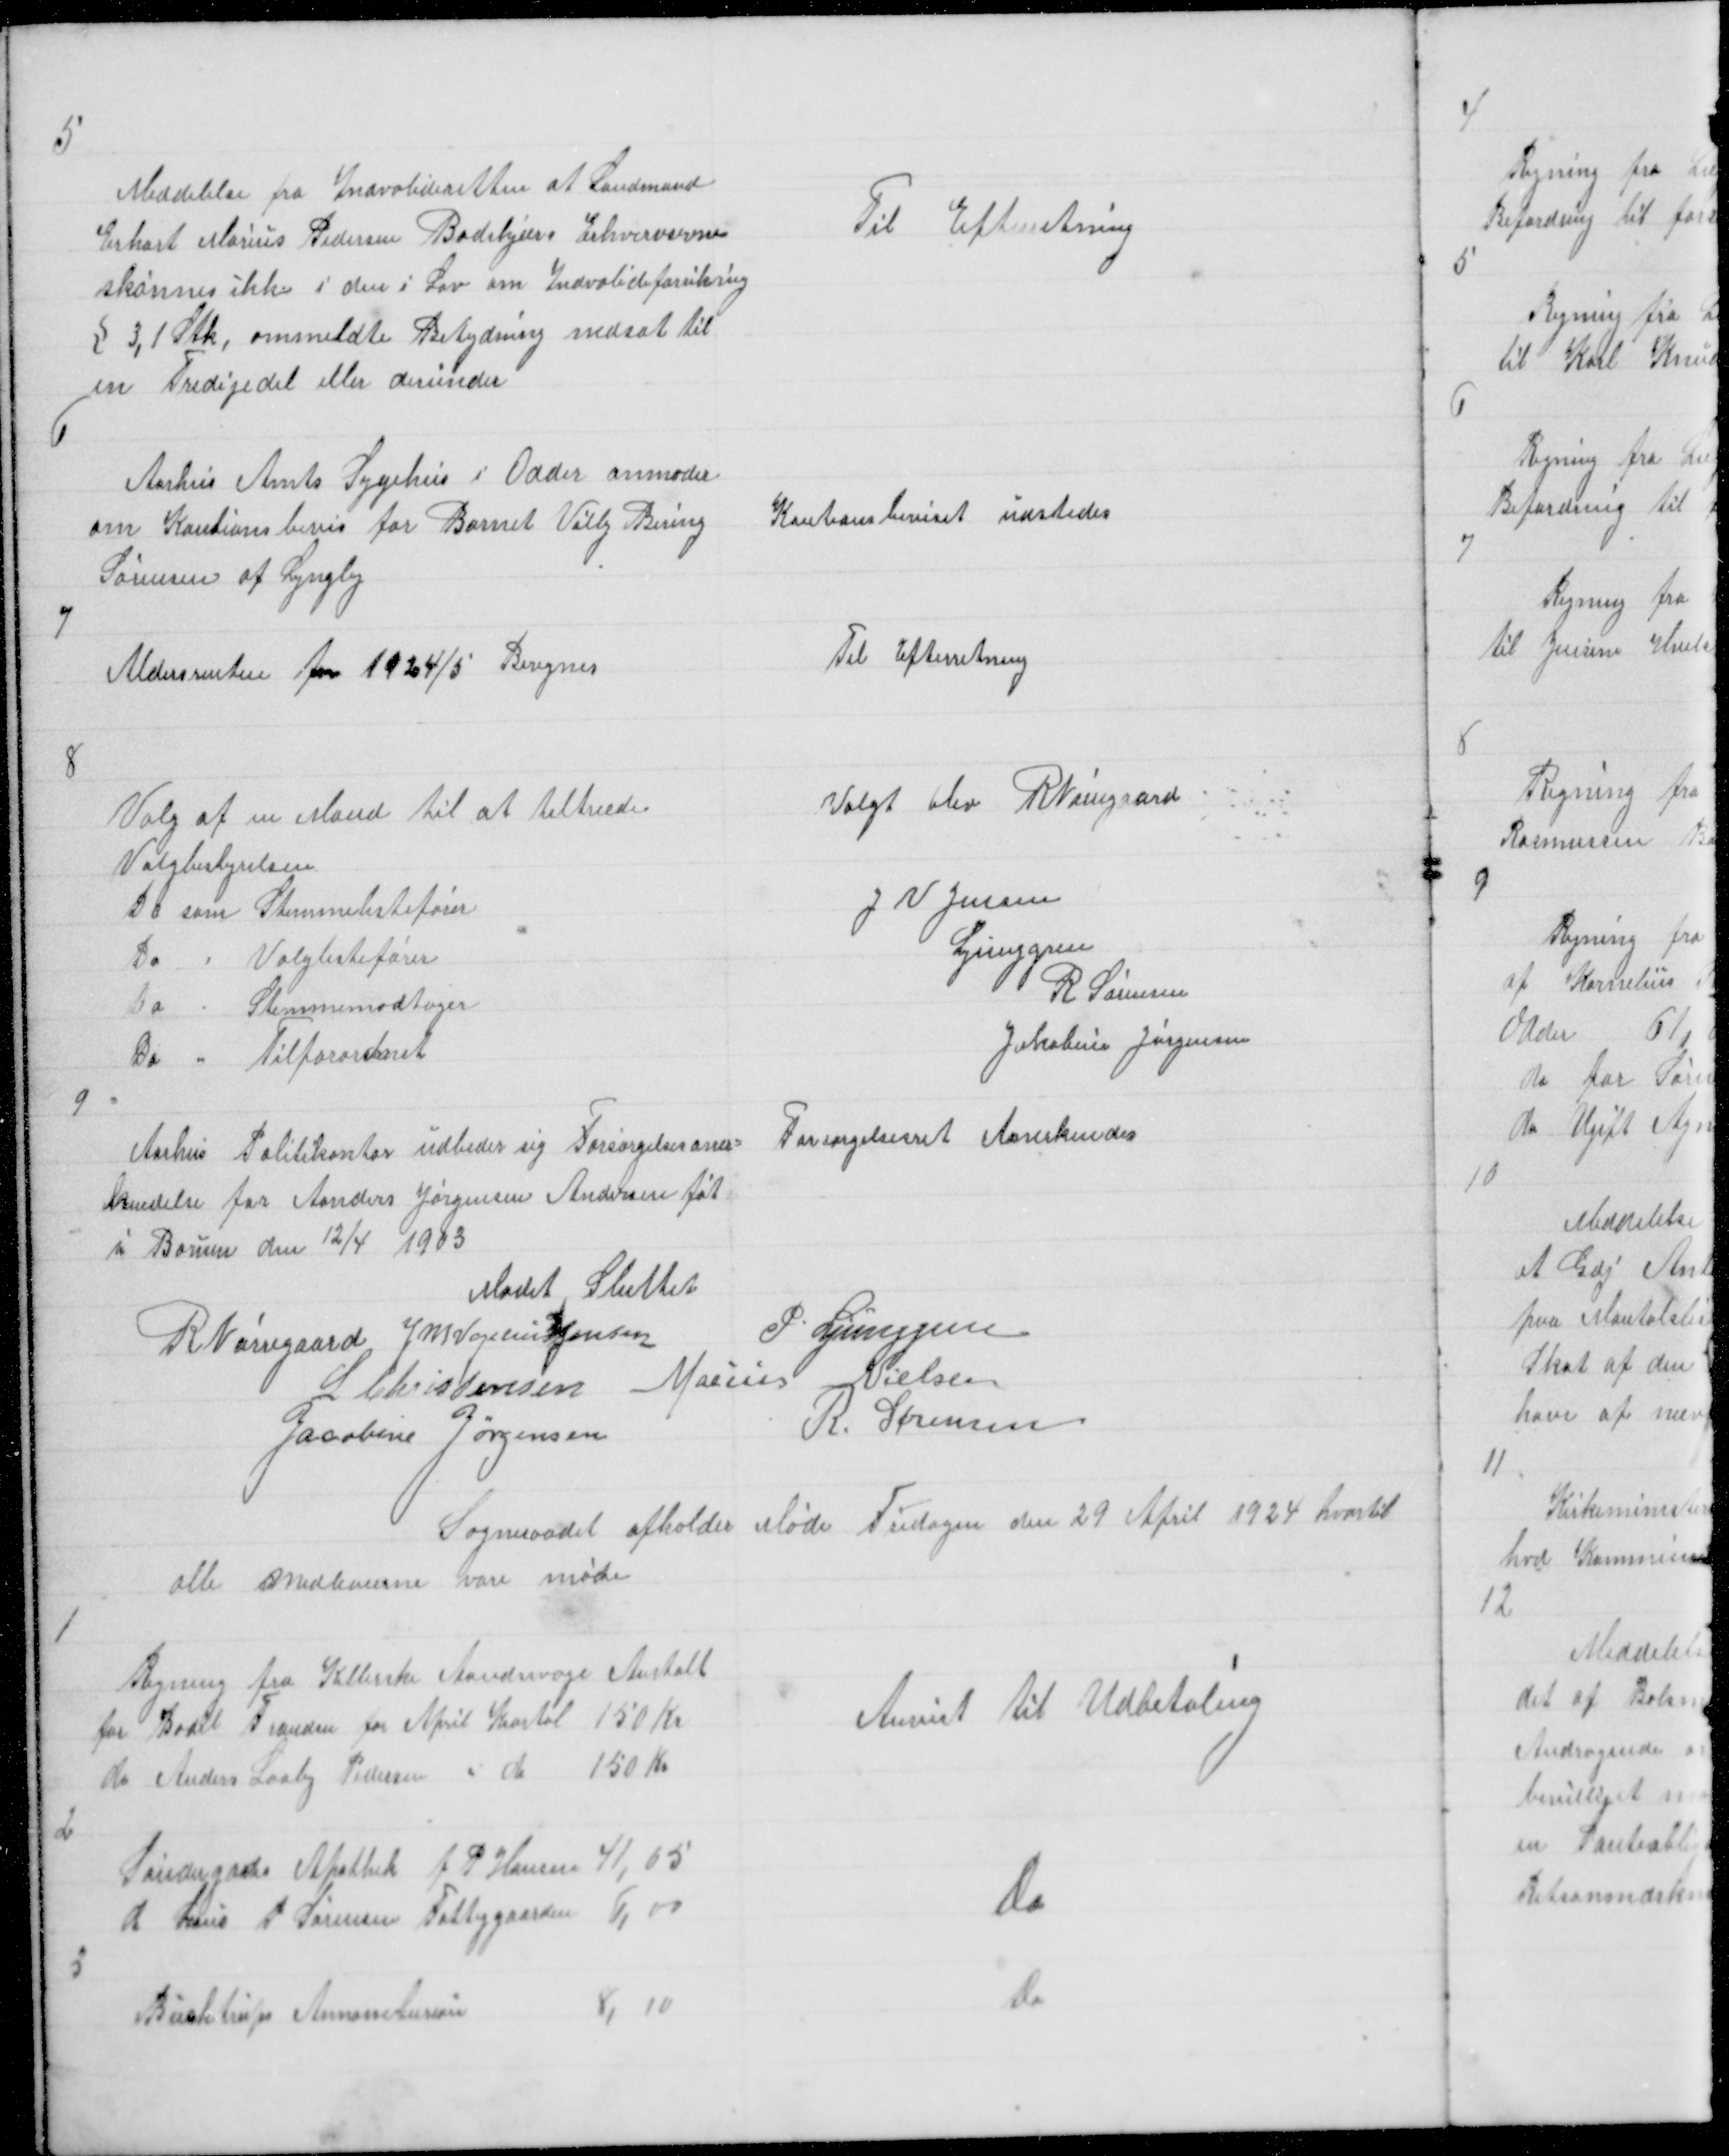
Transskription:
5

Meddelelse fra Indvalideretten at Landmand
Erhart Marius Pedersen Badskjærs Erhvervsevne
skønnes ikke i den i Lov om Indvalideforsikring
§ 3,1 Stk, ommeldte Betydning nedsat til
en Tredijedel eller derunder

Til Efterretning

6

Aarhus Amts Sygehus i Odder anmoder
om Kautionsbevis for Barnet Villy Bering
Sørensen af Lyngby

Kautionsbeviset udstedes

7

Aldersrenten for 1924/5 Beregnes

Til Efterretning

8

9

Aarhus Politikontor udbeder sig Forsørgelsesaner=
kendelse for Aanders Jørgensen Andersen føt
i Borum den 12/4 1903

Forsørgelsesret Anerkendes

Mødet Sluttet
R Nørregaard J M Vogelius Jensen
P Ljunggren
L Christensen Marius Nielsen
Jacobine Jørgensen
R. Sørensen
Sogneraadet afholder Møde Fredagen den 29 April 1924 hvortil
alle Medlemerne vare møte

1

Regning fra Kellerske Aandsvage Anstalt
for Bodil Frandsen for April Kvartal 150 Kr
do Anders Laasby Pedersen " do 150 Kr

Anvist til Udbetaling

2

Søndergades Apothek J P Hansen 41,65
d Laus P Sørensen Fattiggaarden 6,00

Do

3

Buchtrups Annoncebureau
8,10

do